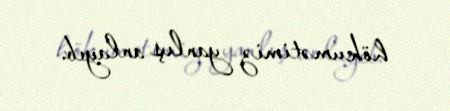
hökumətimiz yanlış anlayıb.